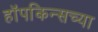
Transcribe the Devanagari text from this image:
हॉपकिन्सच्या